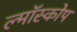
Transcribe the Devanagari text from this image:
ल्मॉस्कोप